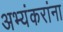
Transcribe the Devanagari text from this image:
अभ्यंकरांना